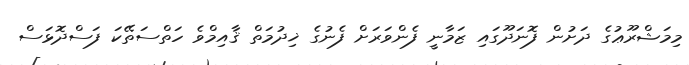
މިމަޝްރޫޢުގެ ދަށުން ފޮނަދޫގައި ޒަމާނީ ފެންވަރަށް ފެނުގެ ޚިދުމަތް ޤާއިމްވެ ހަތްސަތޭކަ ފަސްދޮޅަސް